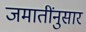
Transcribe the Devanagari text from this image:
जमातींनुसार